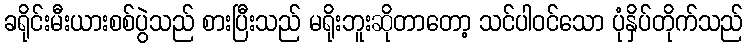
ခရိုင်းမီးယားစစ်ပွဲသည် စားပြီးသည် မရိုးဘူးဆိုတာတော့ သင်ပါဝင်သော ပုံနှိပ်တိုက်သည်